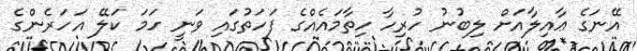
އޭނަގެ ޢާއިލާއަށް ލިބުނު ހުރިހާ ހިތާމައެއްގެ ފަހަތުގައި ވަނީ ހަމަ ކަލޭ އަހަރެންގެ